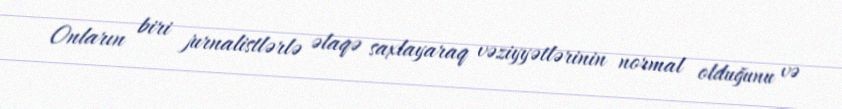
Onların biri jurnalistlərlə əlaqə saxlayaraq vəziyyətlərinin normal olduğunu və